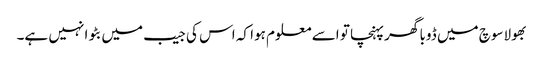
بھولاسوچ میں ڈوبا گھر پہنچا تو اسے معلوم ہوا کہ اس کی جیب میں بٹوا نہیں ہے۔